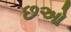
છઓ